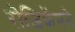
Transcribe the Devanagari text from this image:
रोजिक्रॅनने